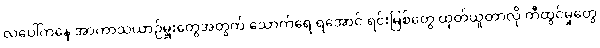
လပေါ်ကနေ အာကာသယာဉ်မှူးတွေအတွက် သောက်ရေ ရအောင် ရင်းမြစ်တွေ ထုတ်ယူတာလို တီထွင်မှုတွေ